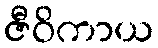
ဇီဝိကာယ